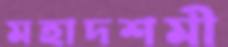
মহাদশমী